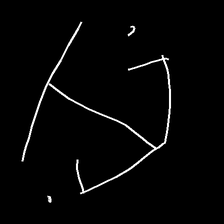
Glyph: earth